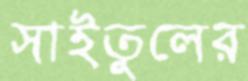
সাইতুলের